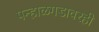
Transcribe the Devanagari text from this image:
पन्हाळगडावरही